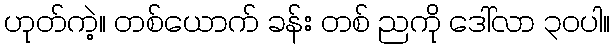
ဟုတ်ကဲ့။ တစ်ယောက် ခန်း တစ် ညကို ဒေါ်လာ ၃၀ပါ။